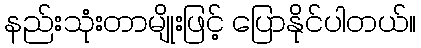
နည်းသုံးတာမျိုးဖြင့် ပြောနိုင်ပါတယ်။